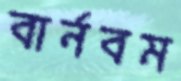
বার্নবম